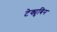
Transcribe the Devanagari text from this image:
टेक्युबिन